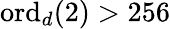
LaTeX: \mathrm{ord}_{d}(2)>256